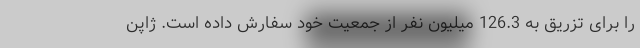
را برای تزریق به 126.3 میلیون نفر از جمعیت خود سفارش داده است. ژاپن